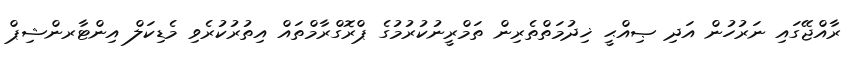
ރާއްޖޭގައި ނަރުހުން އަދި ޞިއްޙީ ޚިދުމަތްތެރިން ތަމްރީނުކުރުމުގެ ޕްރޮގްރާމްތައް އިތުރުކުރެވި މެޑިކަލް އިންޓާރންޝިޕް